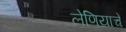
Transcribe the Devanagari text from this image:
लेणियाचें